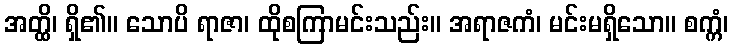
အတ္ထိ၊ ရှိ၏။ သောပိ ရာဇာ၊ ထိုစကြာမင်းသည်း။ အရာဇကံ၊ မင်းမရှိသော။ စက္ကံ၊